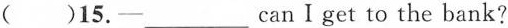
( )15.-___canⅠget to the bank?